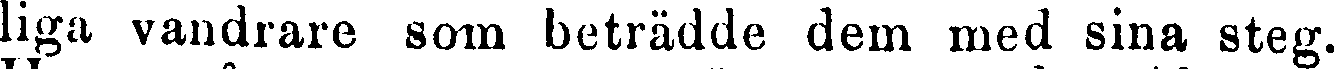
liga vandrare som beträdde dem med sina steg.